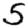
Digit: 5